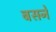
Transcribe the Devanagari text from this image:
बसनें